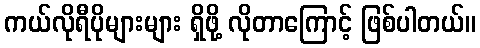
ကယ်လိုရီပိုများများ ရှိဖို့ လိုတာကြောင့် ဖြစ်ပါတယ်။